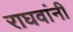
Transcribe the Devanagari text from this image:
राघवांनी